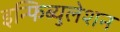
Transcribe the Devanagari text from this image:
इन्फिब्युलेशन